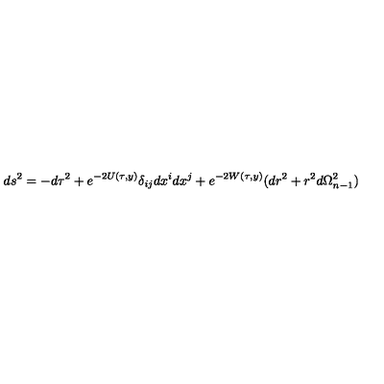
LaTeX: d s ^ { 2 } = - d \tau ^ { 2 } + e ^ { - 2 U ( \tau , y ) } \delta _ { i j } d x ^ { i } d x ^ { j } + e ^ { - 2 W ( \tau , y ) } ( d r ^ { 2 } + r ^ { 2 } d \Omega _ { n - 1 } ^ { 2 } )